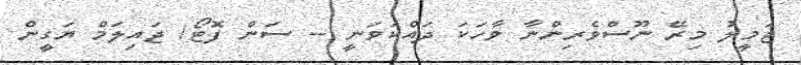
ޖަމީލު މިރޭ ނޫސްވެރިންނާ ވާހަކަ ދައްކަވަނީ -- ސަން ފޮޓޯ/ ޖައިލަމް ޔަގީން